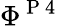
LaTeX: \Phi^{\mathrm{~P~4~}}